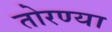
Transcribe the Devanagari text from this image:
तोरण्या